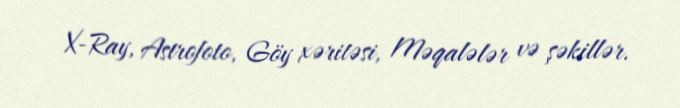
X-Ray, Astrofoto, Göy xəritəsi, Məqalələr və şəkillər.